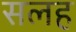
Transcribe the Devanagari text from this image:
सलह